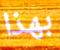
بهذا